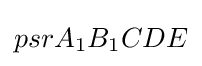
psrA_{1}B_{1}CDE